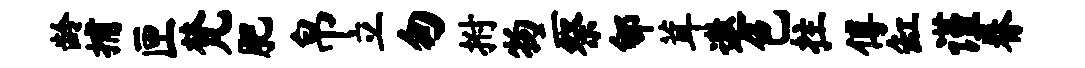
龄捕匣梵肥帛立匆拊物二祭郇茸遨色拄傅缸谨眷